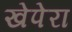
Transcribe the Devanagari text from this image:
खेपेरा